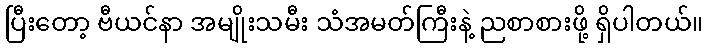
ပြီးတော့ ဗီယင်နာ အမျိုးသမီး သံအမတ်ကြီးနဲ့ ညစာစားဖို့ ရှိပါတယ်။